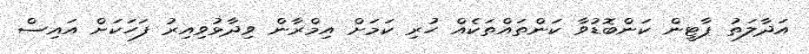
އަދާލަތު ޕާޓީން ކަންބޮޑުވާ ކަންތައްތަކެއް ހުރި ކަމަށް އިމްރާން ވިދާޅުވިއިރު ފަހަކަށް އައިސް